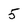
Character: 5